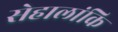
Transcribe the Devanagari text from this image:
सेहालांकि